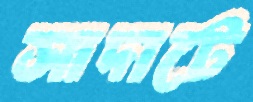
সাদাটে